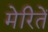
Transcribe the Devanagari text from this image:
मेरितें